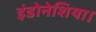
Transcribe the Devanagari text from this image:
इंडोनेशिया।